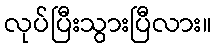
လုပ်ပြီးသွားပြီလား။